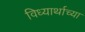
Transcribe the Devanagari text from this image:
विध्यार्थाच्या